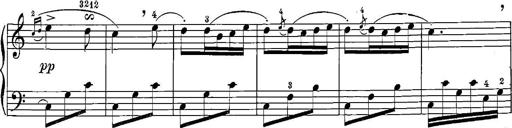
Title: 12 Sonatinas
Composer: Ignaz Pleyel